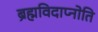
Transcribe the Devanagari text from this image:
ब्रह्मविदाप्नोति